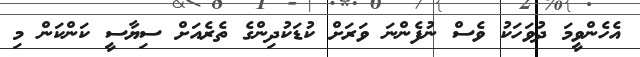
އެހެންވީމަ ދުވަހަކު ވެސް ނުފެންނަ ވަރަށް ކުޑަކުދިންގެ ތެރެއަށް ސިޔާސީ ކަންކަން މި